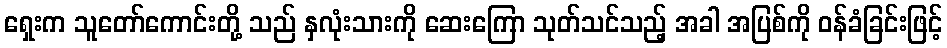
ရှေးက သူတော်ကောင်းတို့ သည် နှလုံးသားကို ဆေးကြော သုတ်သင်သည့် အခါ အပြစ်ကို ဝန်ခံခြင်းဖြင့်